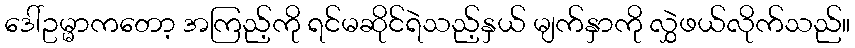
ဒေါ်ဥမ္မာကတော့ အကြည့်ကို ရင်မဆိုင်ရဲသည့်နှယ် မျက်နှာကို လွှဲဖယ်လိုက်သည်။